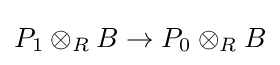
P_{1}\otimes _{R}B\to P_{0}\otimes _{R}B